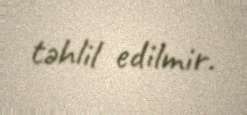
təhlil edilmir.